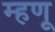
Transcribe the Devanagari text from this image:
म्‍हणू